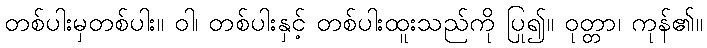
တစ်ပါးမှတစ်ပါး။ ဝါ၊ တစ်ပါးနှင့် တစ်ပါးထူးသည်ကို ပြု၍။ ဝုတ္တာ၊ ကုန်၏။